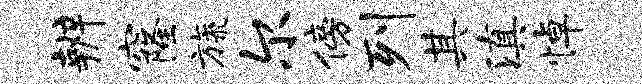
辨窿旒尔傍列其滇悼